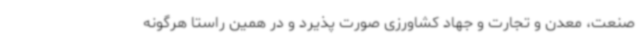
صنعت، معدن و تجارت و جهاد کشاورزی صورت پذیرد و در همین راستا هرگونه